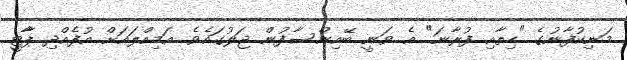
މަނިކުފާނުގެ "ހިތާއި ފުރާނަ" އެ ވަނީ ބޭއިންސާފުން ޖަލުގައެވެ. އަމިއްލައަށް އުފެއްދި ޕާާޓީ